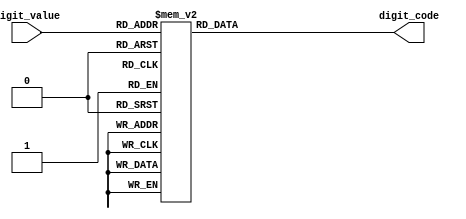
module decode_digit(digit_value, digit_code);
	
	input	 wire	[4:0] digit_value;
	output reg	[7:0] digit_code;


	always @*
		begin
			case (digit_value)
				5'b10000:	digit_code = 8'b00000001; /* -10 ABCDEF DP */
				5'b10001:	digit_code = 8'b10001111; /* -F AEFG DP */
				5'b10010:	digit_code = 8'b10011111; /* -E ADEFG DP */
				5'b10011:	digit_code = 8'b01111011; /* -D BCDEG DP */
				5'b10100:	digit_code = 8'b10011101; /* -C ADEF DP */
				5'b10101:	digit_code = 8'b00111111; /* -B CDEFG DP */
				5'b10110:	digit_code = 8'b11101111; /* -A ABCEFG DP */
				5'b10111:	digit_code = 8'b11100111; /* -9 ABCFG DP */
				5'b11000:	digit_code = 8'b11111111; /* -8 ABCDEFG DP */
				5'b11001:	digit_code = 8'b11100001; /* -7 ABC DP */
				5'b11010:	digit_code = 8'b10111111; /* -6 ACDEFG DP */
				5'b11011:	digit_code = 8'b10110111; /* -5 ACDFG DP */
				5'b11100:	digit_code = 8'b01100111; /* -4 BCFG DP */
				5'b11101:	digit_code = 8'b11110011; /* -3 ABCDG DP */
				5'b11110:	digit_code = 8'b11011011; /* -2 ABDEG DP */
				5'b11111:	digit_code = 8'b01100001; /* -1 BC DP */
				5'b00000:	digit_code = 8'b00111111; /* 0 ABCDEF */
				5'b00001:	digit_code = 8'b01100000; /* 1 BC */
				5'b00010:	digit_code = 8'b11011010; /* 2 ABDEG */
				5'b00011:	digit_code = 8'b11110010; /* 3 ABCDG */
				5'b00100:	digit_code = 8'b01100110; /* 4 BCFG */
				5'b00101:	digit_code = 8'b10110110; /* 5 ACDFG */
				5'b00110:	digit_code = 8'b10111110; /* 6 ACDEFG */
				5'b00111:	digit_code = 8'b11100000; /* 7 ABC */
				5'b01000:	digit_code = 8'b11111110; /* 8 ABCDEFG */
				5'b01001:	digit_code = 8'b11100110; /* 9 ABCFG */
				5'b01010:	digit_code = 8'b11101110; /* A ABCEFG */
				5'b01011:	digit_code = 8'b00111110; /* B CDEFG */
				5'b01100:	digit_code = 8'b10011100; /* C ADEF */
				5'b01101:	digit_code = 8'b01111010; /* D BCDEG */
				5'b01110:	digit_code = 8'b10011110; /* E ADEFG */
				5'b01111:	digit_code = 8'b10001110; /* F AEFG */

				default:		digit_code = 8'b00000010; /* - G */
			endcase
		end

endmodule